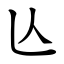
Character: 亾